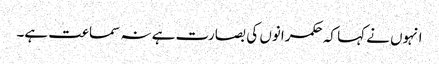
انہوں نے کہا کہ حکمرانوں کی بصارت ہے نہ سماعت ہے۔